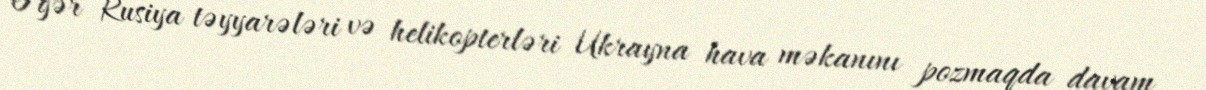
Əgər Rusiya təyyarələri və helikopterləri Ukrayna hava məkanını pozmaqda davam